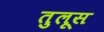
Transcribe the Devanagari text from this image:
तुलूस